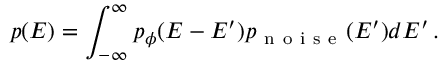
p ( E ) = \int _ { - \infty } ^ { \infty } p _ { \phi } ( E - E ^ { \prime } ) p _ { \mathrm { ~ n ~ o ~ i ~ s ~ e ~ } } ( E ^ { \prime } ) d E ^ { \prime } \, .